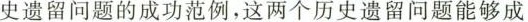
史遗留问题的成功范例，这两个历史遗留问题能够